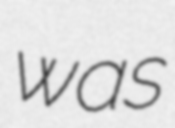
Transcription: was